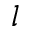
l